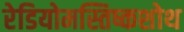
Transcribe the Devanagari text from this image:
रेडियोमस्तिष्कशोथ